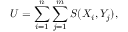
U = \sum _ { i = 1 } ^ { n } \sum _ { j = 1 } ^ { m } S ( X _ { i } , Y _ { j } ) ,